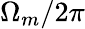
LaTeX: \Omega_{m}/2\pi